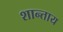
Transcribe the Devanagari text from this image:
शान्ताय